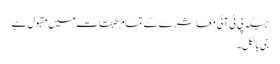
جبکہ پی ٹی آئی معاشرے کے تمام طبقات میں مقبول ہے
جی بالکل۔